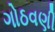
ગોઠવણી